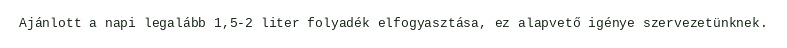
Ajánlott a napi legalább 1,5-2 liter folyadék elfogyasztása, ez alapvető igénye szervezetünknek.